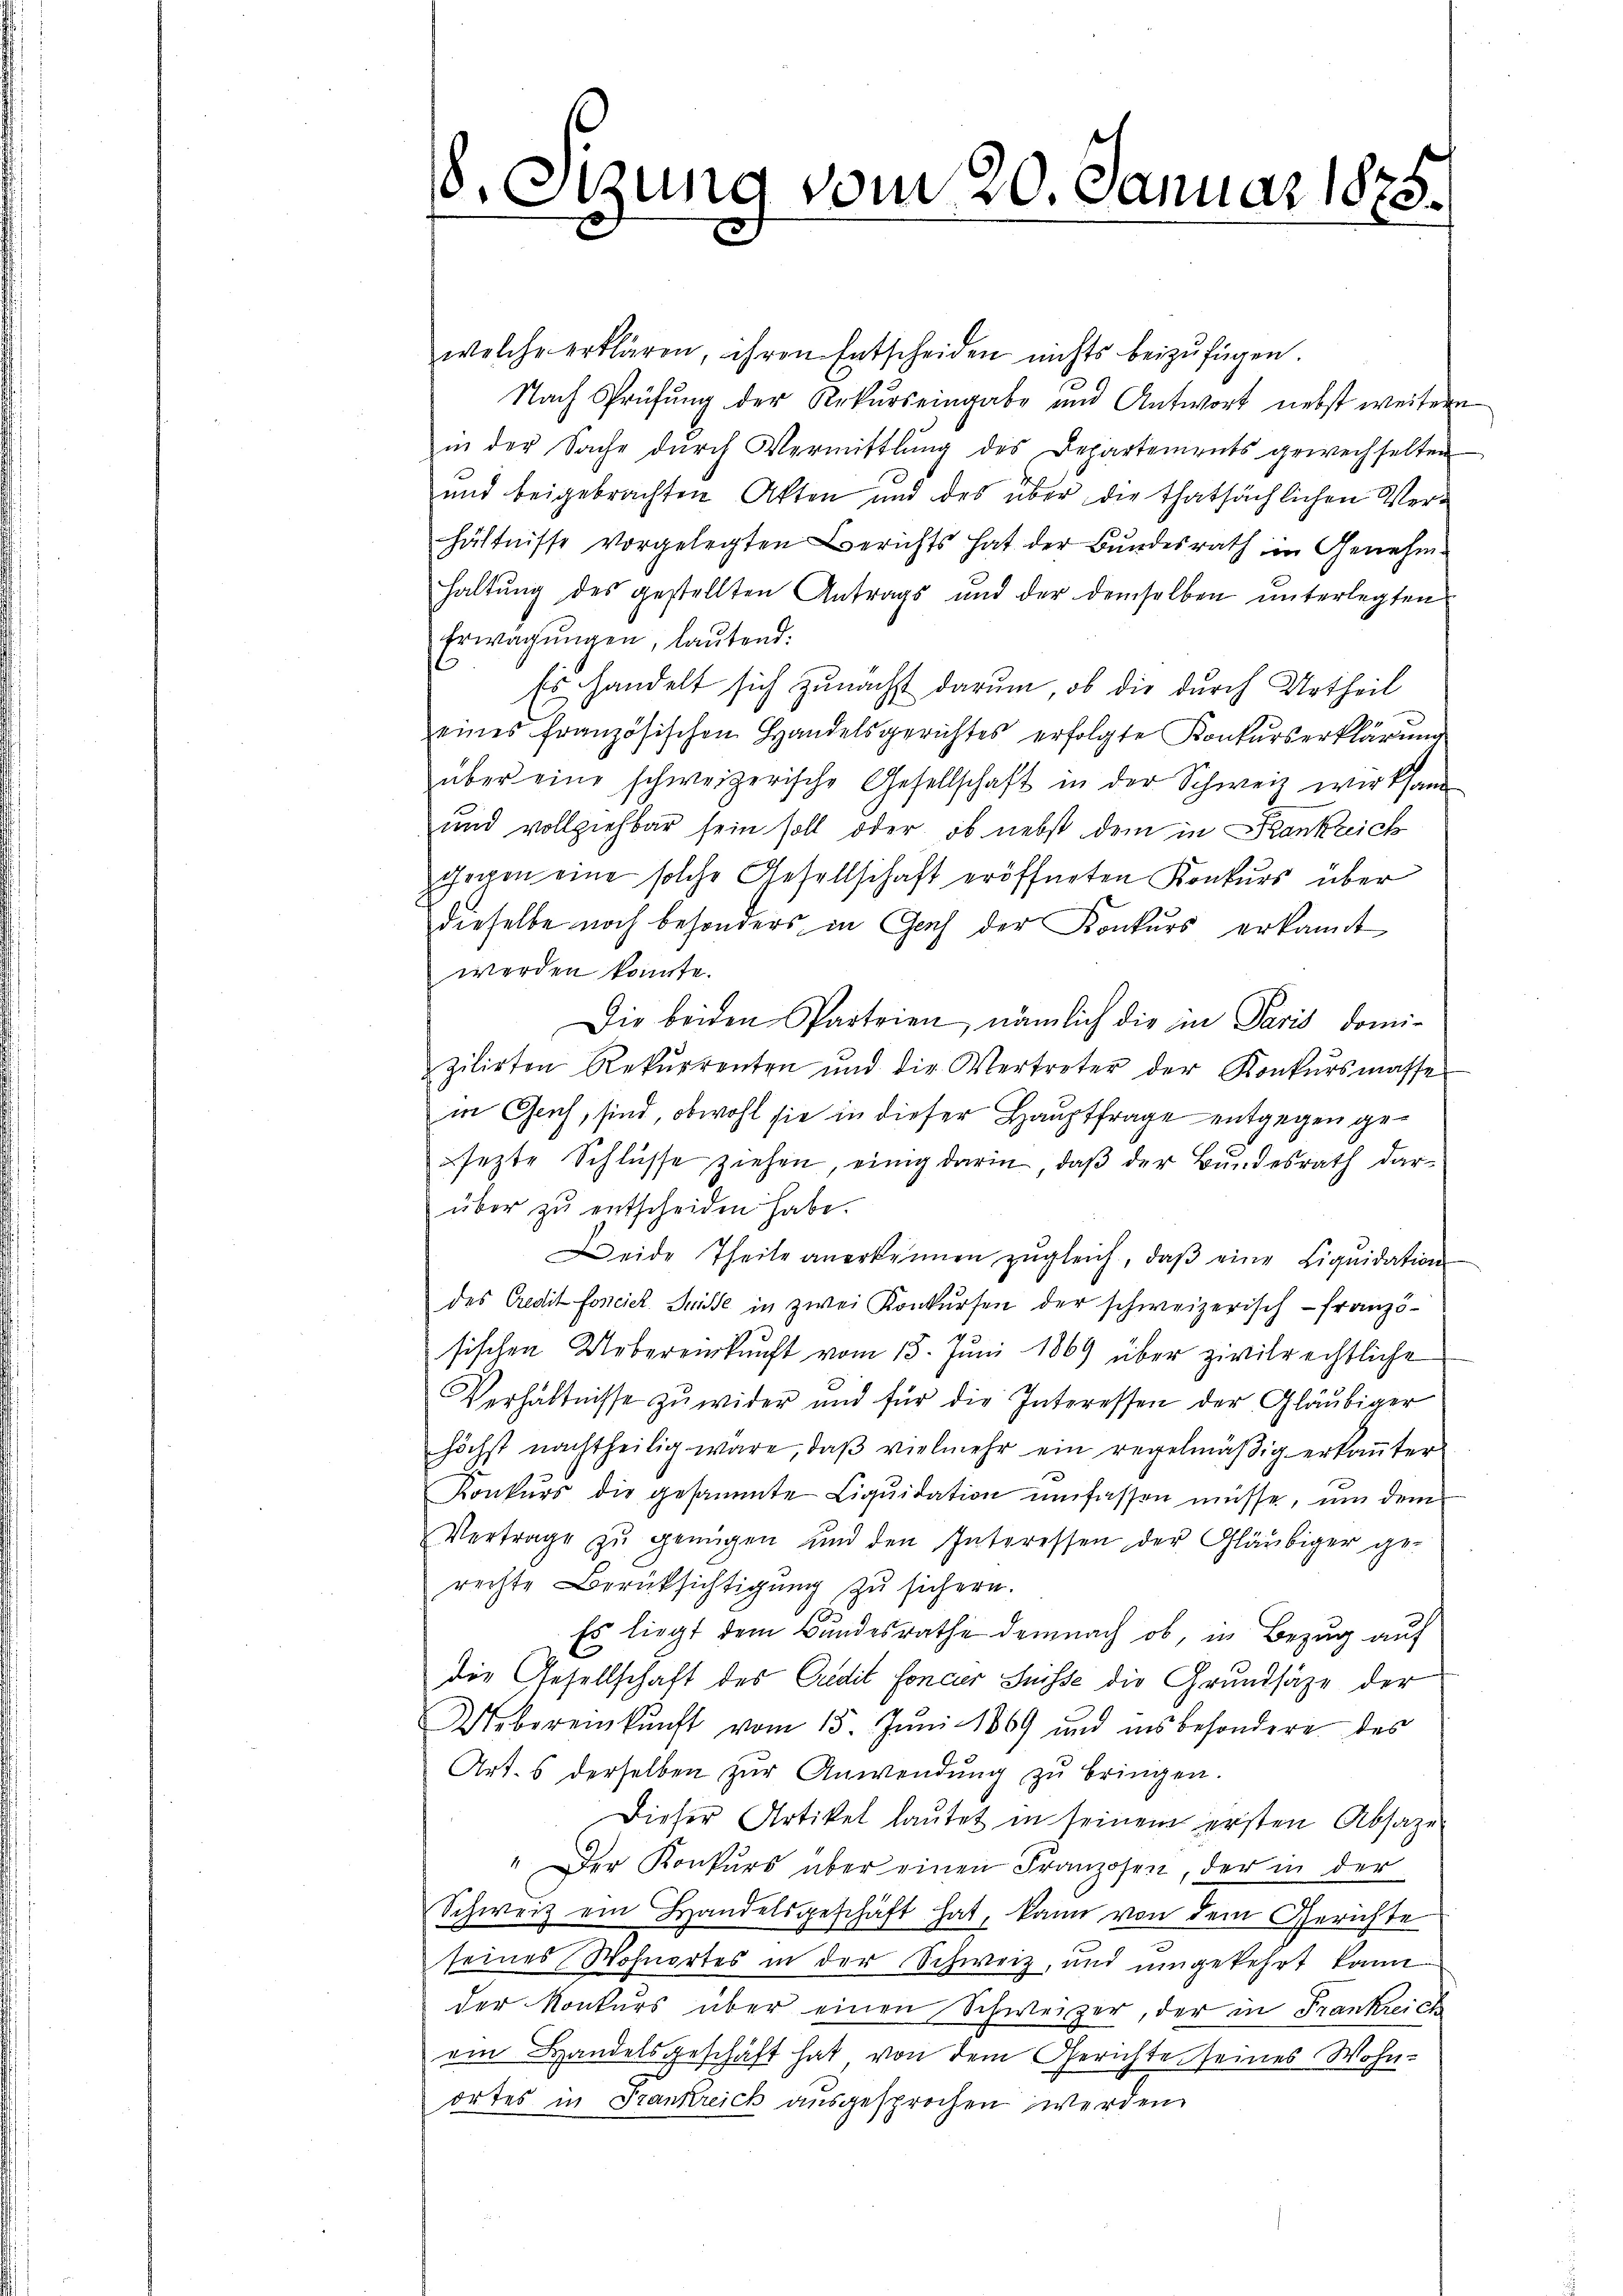
8. Sitzung vom 20. Januar 1875.

welche erklären, ihren Entscheiden nichts beizufügen.
Nach Prüfung der Rekurs eingabe und Antwort nebst weitern
in der Sache dŭrch Vermittlung des Departements gewechselten
und beigebrachten Akten und des über die thatsächlichen Verhältnisse vorgelegten Berichts hat der Bundesrath in Genehmhaltung des gestellten Antrags und der demselben unterlegten
Erwägŭngen, laŭtend:
Es handelt sich zunächst darum, ob die durch Urtheil
eines französischen Handelsgerichtes erfolgte Konkŭrserklärŭng
über eine schweizerische Gesellschaft in der Schweiz wirksam
und vollziehbar sein soll oder ob nebst dem in Frankreich
gegen eine solche Gesellschaft eröffneten Konkurs über
dieselbe noch besonders in Genf der Konkurs erkannt
werden könnte.
Die beiden Parteien, nämlich die in Paris domi-
zilirten Rekŭrrenten und die Vertreter der Konkŭrsmasse
in Geich, sind, obwohl sie in dieser Hauptfrage entgegen gesezte Schlüsse ziehen, einig darin, daß der Bundesrath darüber zu entscheiden habe.
Deide Theile anerkennen zŭgleich, daβ eine Liqŭidation
des Credit foncick. Sie in zwei Konkursen der schweizerisch-Französischen Uebereinkunft vom 15. Juni 1869 über zivilrechtliche
Verhältnisse zŭwider und für die Interessen der Gläubiger
höchst nachtheilig wäre, daβ vielmehr ein regelmäβig erkaṅter
Konkurs die gesammte Liquidation umfassen müsse, um dem
Vertrage zŭ genügen und den Interessen der Gläubiger ge-
rechte Berücksichtigŭng zŭ sichern.
Es liegt dem Bundesrathe demnach ob, in Bezug auf
die Gesellschaft des Credit fonder Suisse die Grundsätze der
Uebereinkunft vom 15. Juni 1869 und insbesondere des
Art. 6 derselben zŭr Anwendŭng zŭ bringen.
Dieser Artikel lautet in seinem ersten Absage
" Der Konkŭrs über einen Franzosen der in der
Schweiz ein Handelsgeschäft hat, kann von dem Gerichte
seines Wohnortes in der Schweiz, und umgekehrt kann
der Konkurs über einen Schweizer, der in Frankreich
ein Handelsgeschäft hat von dem Gerichte seines Wohnortes in Frankreich ausgesprochen werden.